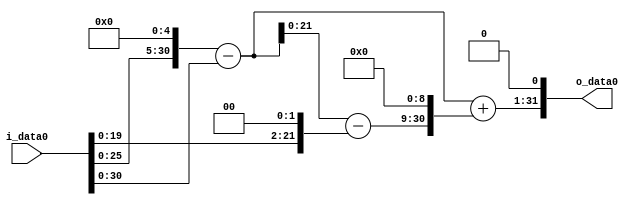
module multiplier_block_40 (
    i_data0,
    o_data0
);
  input   [31:0] i_data0;
  output  [31:0]
    o_data0;
  wire [31:0]
    w1,
    w32,
    w31,
    w4,
    w27,
    w13824,
    w13855,
    w27710;
  assign w1 = i_data0;
  assign w13824 = w27 << 9;
  assign w13855 = w31 + w13824;
  assign w27 = w31 - w4;
  assign w27710 = w13855 << 1;
  assign w31 = w32 - w1;
  assign w32 = w1 << 5;
  assign w4 = w1 << 2;
  assign o_data0 = w27710;
endmodule